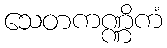
သေတကဏ္ဏိကံ